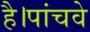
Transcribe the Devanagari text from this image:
है।पांचवे